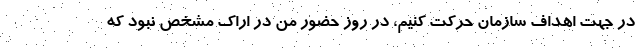
در جهت اهداف سازمان حرکت کنیم، در روز حضور من در اراک مشخص نبود که